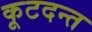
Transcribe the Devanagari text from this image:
कूटदन्त